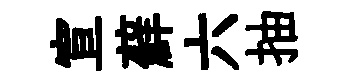
宣蘚六抽